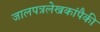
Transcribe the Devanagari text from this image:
जालपत्रलेखकांपैकी